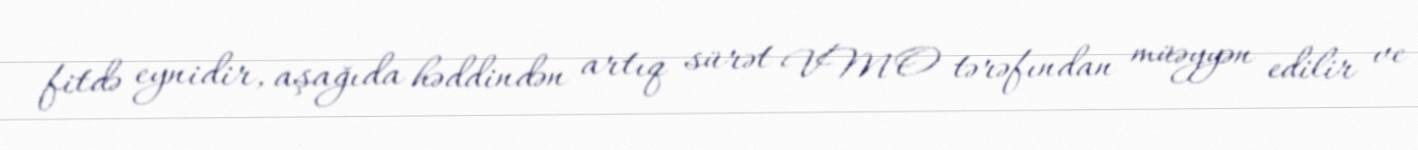
fitdə eynidir, aşağıda həddindən artıq sürət VMO tərəfından müəyyən edilir ve